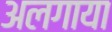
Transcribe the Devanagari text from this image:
अलगाया